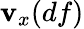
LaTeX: \mathbf{v}_{x}(df)